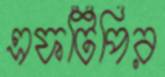
এফটিপির